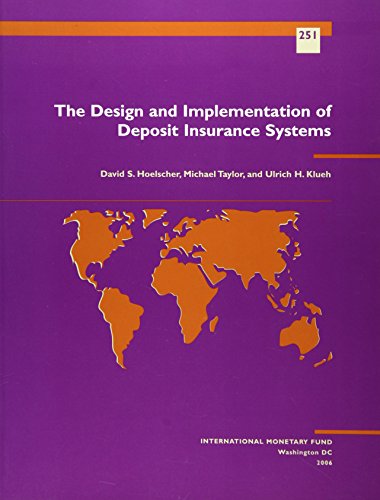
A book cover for The Design and Implantation of Deposit Insurance Systems (Occaisional Paper); David S. Hoelscher; Business & Money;